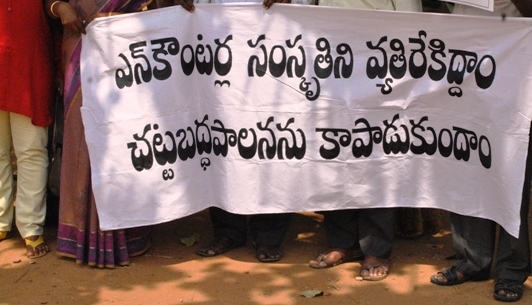
Language: telugu
Transcription: వ్యతిరేకిద్ధాం చట్టబద్ధపాలనను సంస్కృతిని కాపాడుకుందాం